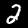
Digit: 2